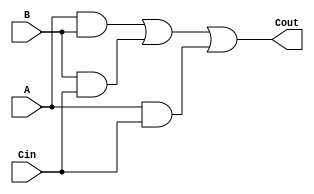
module CARRY (Cout, A, B, Cin);
 
	output Cout;
	input A, B, Cin;
	
	// Behavioral Code
	assign Cout = (A&B) | (B&Cin) | (A&Cin);
	
endmodule